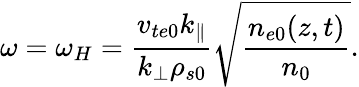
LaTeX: \omega=\omega_{H}=\frac{v_{te0}k_{\parallel}}{k_{\perp}\rho_{s0}}\sqrt{\frac{n_{e0}(z,t)}{n_{0}}}.